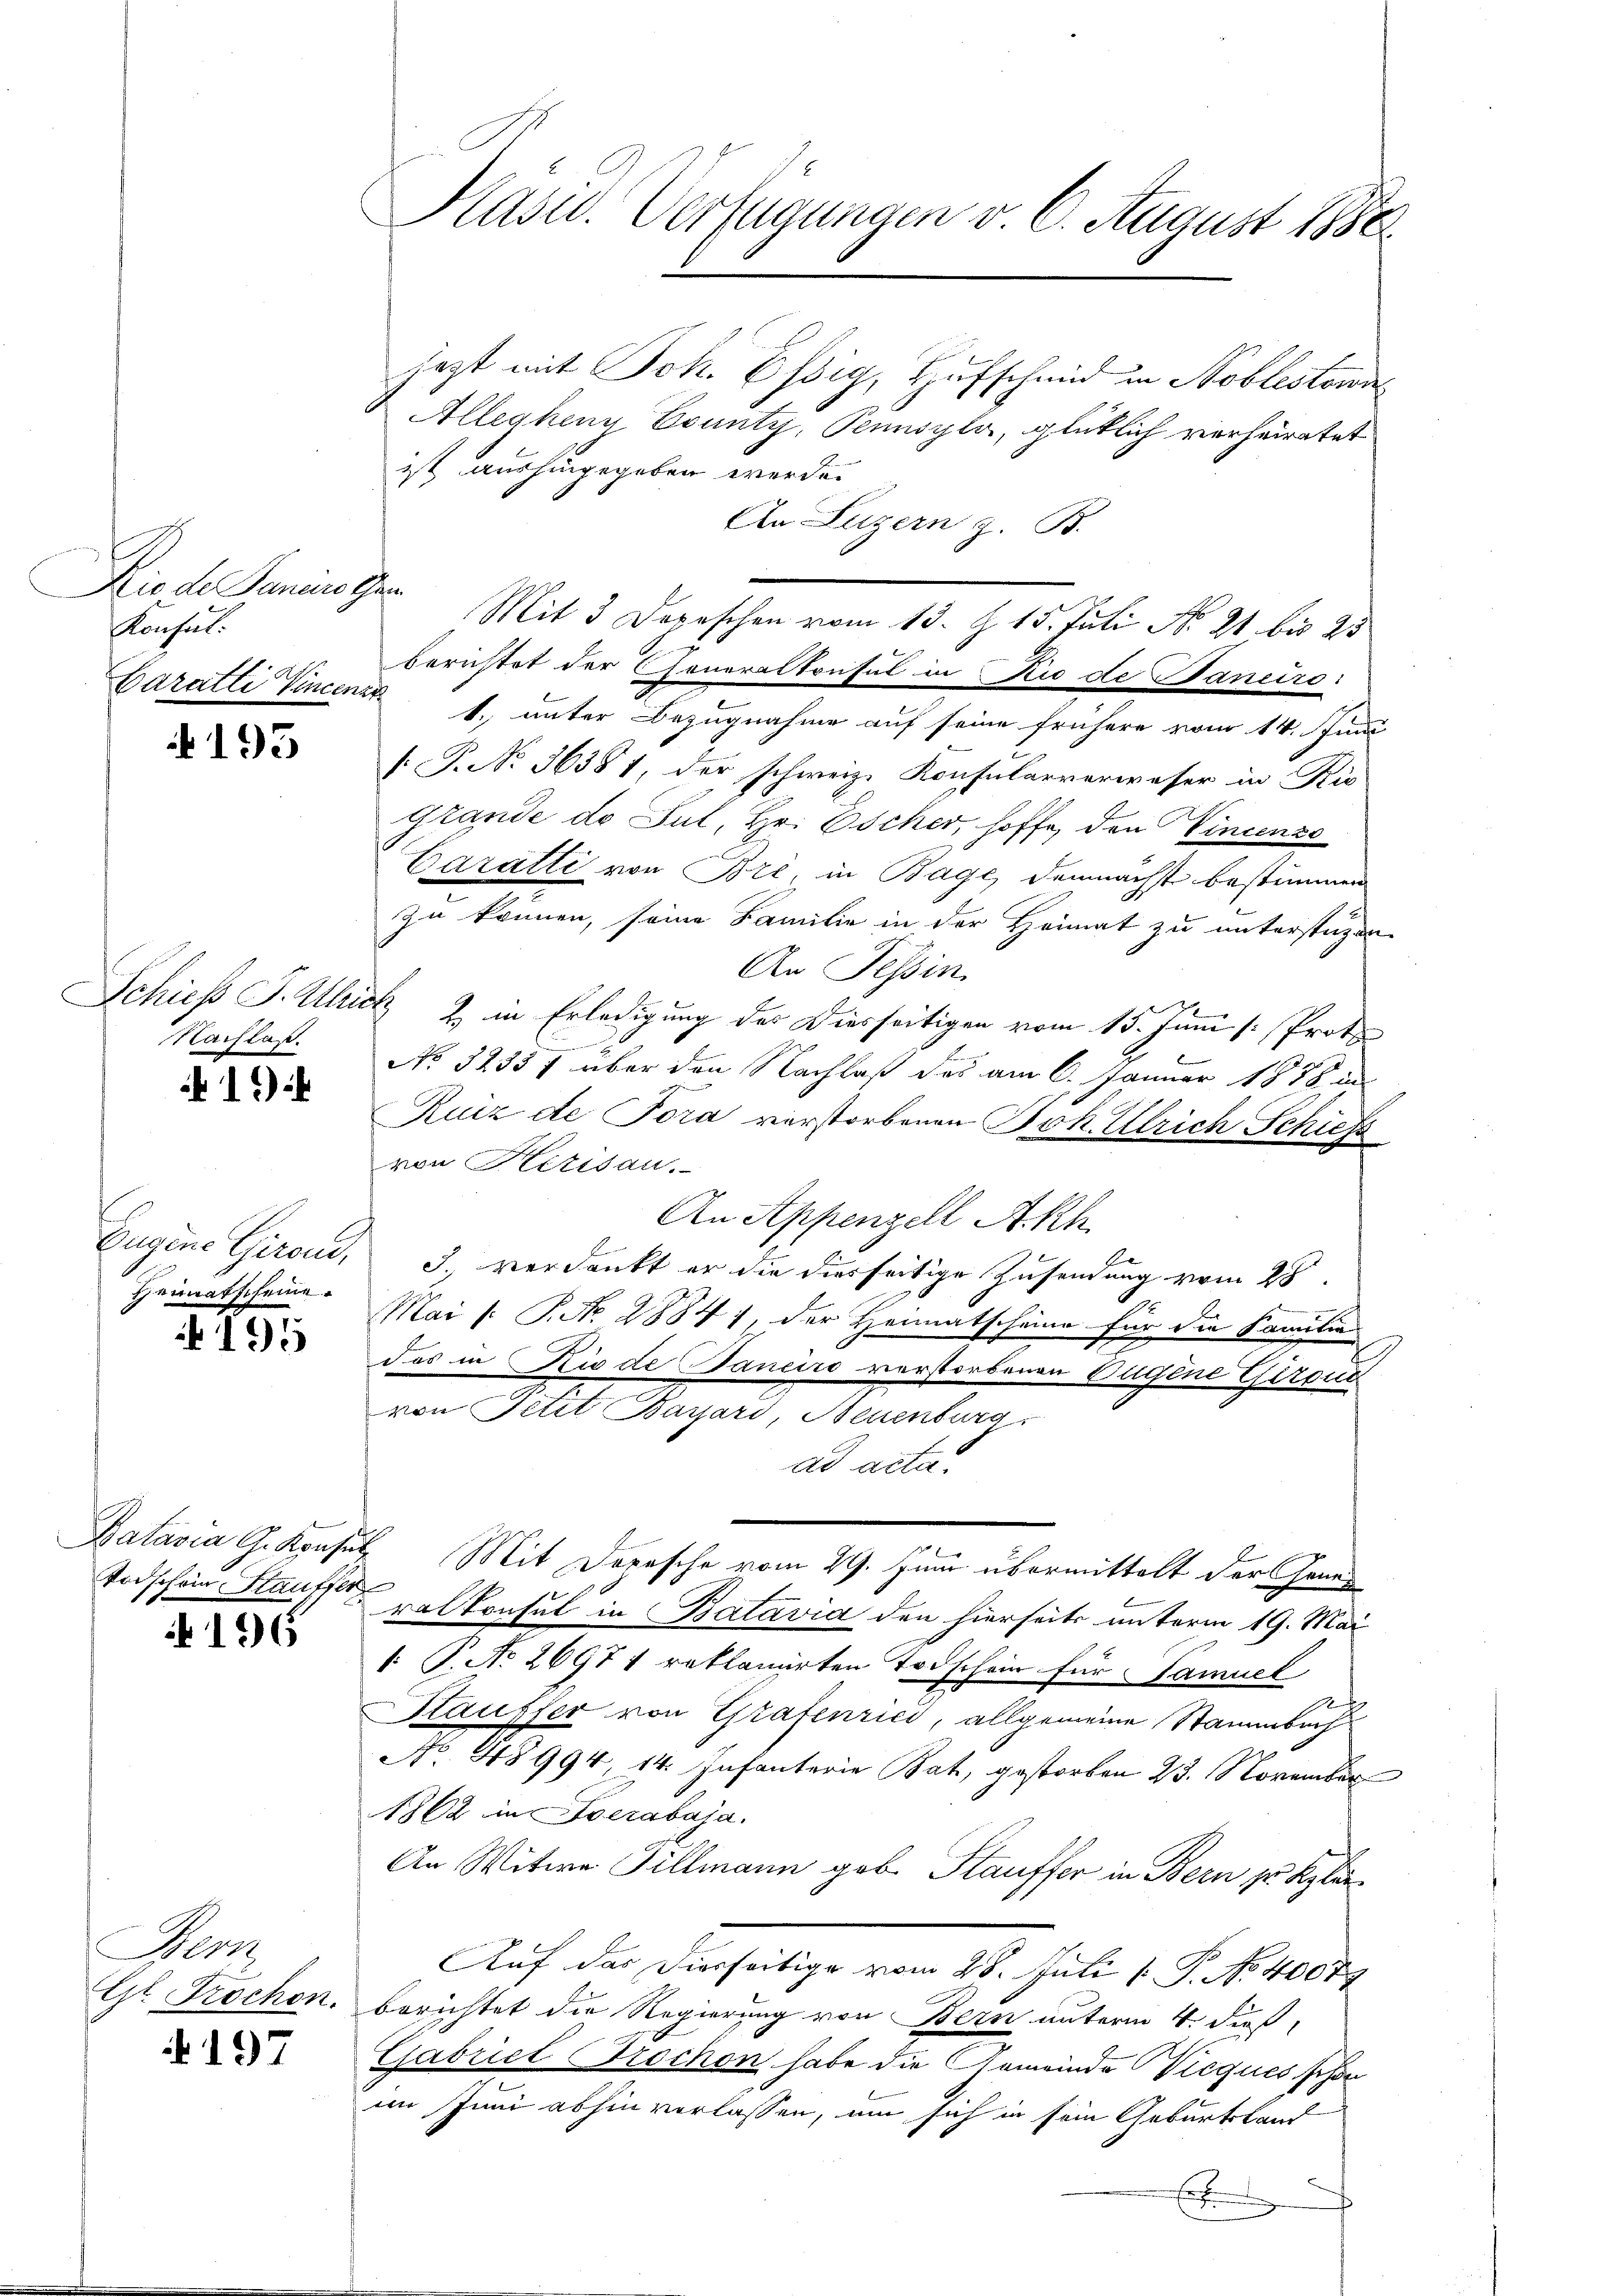
Präsid. Verfügungen v. 6. August 1880

jezt mit Joh. Essig, Hufschmid in Noblestori
Allegheny County, Pennsylo, glücklich verheiratet
ist aushingegeben werde.
An Luzern z. B.
Mit 3 Depeschen vom 13. Z. 15. Juli No 21 bis 25
berichtet der Generalkonsul in Sie de Staneiro
1. unter Bezugnahme auf seine frühere vom 14. Juni
[. P. No 36381, der schweiz. Konsularverweser in Kir-
grande do Sul, Hr. Escher, hoffe, den Vincenzs
Caralle von Bri, in Bage, demnächst bestimmen
zu können, seine Familie in der Heimat zu unterstüzen
An Tessin
2) in Erledigung der Diesseitigen vom 15. Juni [Proto
No 32357 über den Nachlaß das am 6. Januar 1876 in
Ruiz de Tora verstorbenen Joh. Ulrich Schiess
von Herisau.
An Appenzell A.Rh.
Eugene Gironi, 3 verdankt er die dierseitige Zusendung vom 28.
Mai l. P. Nr. 28841, der Heimatscheine für die Familie
E
das in Rio de Baneiro verstorbenen Tugene Girona
von Petit Barjari, Neuenburg
ad acta.
Batavia G. Konsul Mit Dorasche vom 29. Juni übermittelt der Gene¬
Todschen Staufs alkonsul in Batavia den hierseits unterm 19. Mai
 P. No 26971 roklamirten Todschein für Samuel
Kauffer von Grafenrici, allgemeine Stammbach
No. 48994, 14. Infanterie Bat, gestorben 23. November
1862 in Averabaja.
An Witwe Tillmann gob. Stauffer in Bern zu klar
Auf das Dierseitige vom 28. Juli [ P. No. 40079
berichtet die Regierung von Bern unterm 4. dieß,
Gabriel Brochon habe die Gemeinde Vicques schon
im Juni abhin verlassen, um sich in sein Geburtstand
E

Dis de Panius thei
Konsul:
Caratti Vincenin

195

Schieß P. Ulrich
Nachlaß.

194

Heimatscheine

195

196

Bern
Gr. Prochen.

197